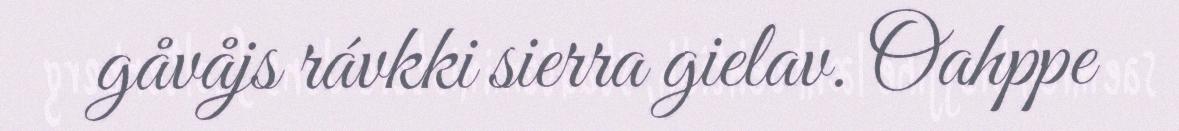
gåvåjs rávkki sierra gielav. Oahppe